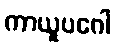
ကာယူပဂေါ